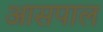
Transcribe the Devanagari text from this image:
आसपाल